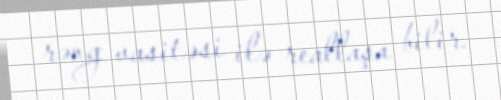
rəng vasitəsi ilə reallaşa bilir.